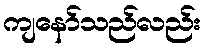
ကျနော်သည်လည်း